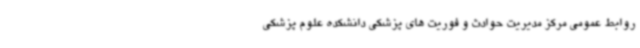
روابط عمومی مرکز مدیریت حوادث و فوریت های پزشکی دانشکده علوم پزشکی